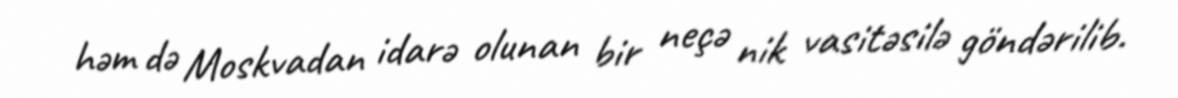
həm də Moskvadan idarə olunan bir neçə nik vasitəsilə göndərilib.